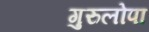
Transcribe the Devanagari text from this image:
गुरुलोपा